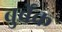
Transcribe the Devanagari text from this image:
बुर्बेंक